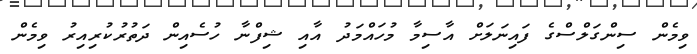
ވިމެން ސިންގަލްސްގެ ފައިނަލަށް އާސިމާ މުހައްމަދު އާއި ޝިފްނާ ހުސެއިން ދަތުރުކުރިއިރު ވިމެން